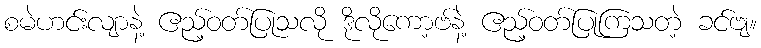
စမဲဟင်းလျာနဲ့ ဧည့်ဝတ်ပြုသလို ဒိုလိုကော့ဗ်နဲ့ ဧည့်ဝတ်ပြုကြသတဲ့ ခင်ဗျ။